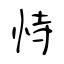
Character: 恃